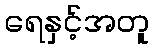
ရေနှင့်အတူ